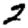
Digit: 2